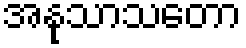
အနုသာသတော